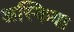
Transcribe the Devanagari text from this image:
अस्किया